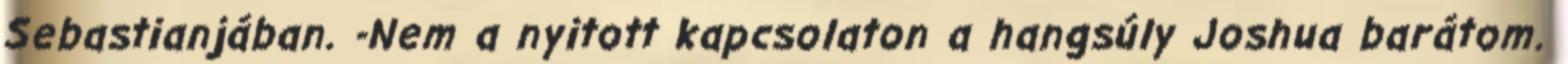
Sebastianjában. -Nem a nyitott kapcsolaton a hangsúly Joshua barátom.